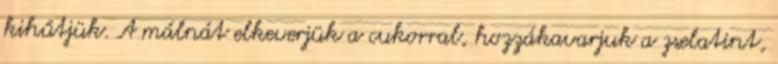
kihűtjük. A málnát elkeverjük a cukorral, hozzákavarjuk a zselatint,